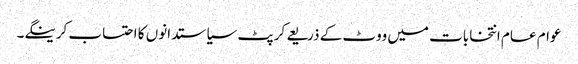
عوام عام انتخابات میں ووٹ کے ذریعے کرپٹ سیاستدانوں کا احتساب کرینگے۔